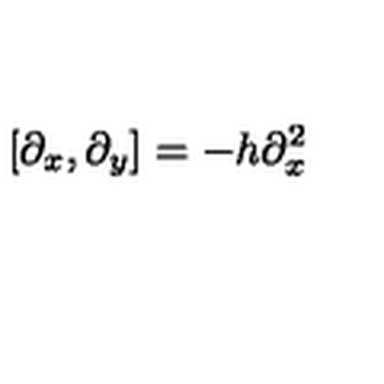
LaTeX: [ \partial _ { x } , \partial _ { y } ] = - h \partial _ { x } ^ { 2 }